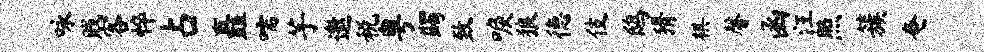
咏贱客悴占矗嚅芋邀税粤蠲致唳狼德伎鸱猾棋馨函汪照簇奄